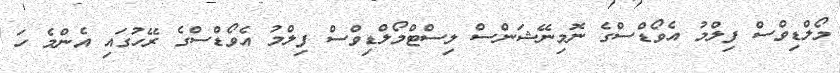
މޯލްޑިވްސް ފިލްމު އެވޯޑްސްގެ ނޮމިނޭޝަންސް ލިސްޓްމޯލްޑިވްސް ފިލްމު އެވޯޑްސްގެ ރޭހުގައި އެންމެ ހަ